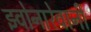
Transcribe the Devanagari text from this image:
झ्वोनारेवानीं